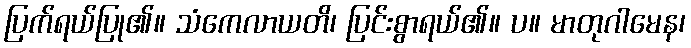
ပြက်ရယ်ပြု၏။ သံကေလာယတိ၊ ပြင်းစွာရယ်၏။ ပ။ မာတုဂါမေန၊